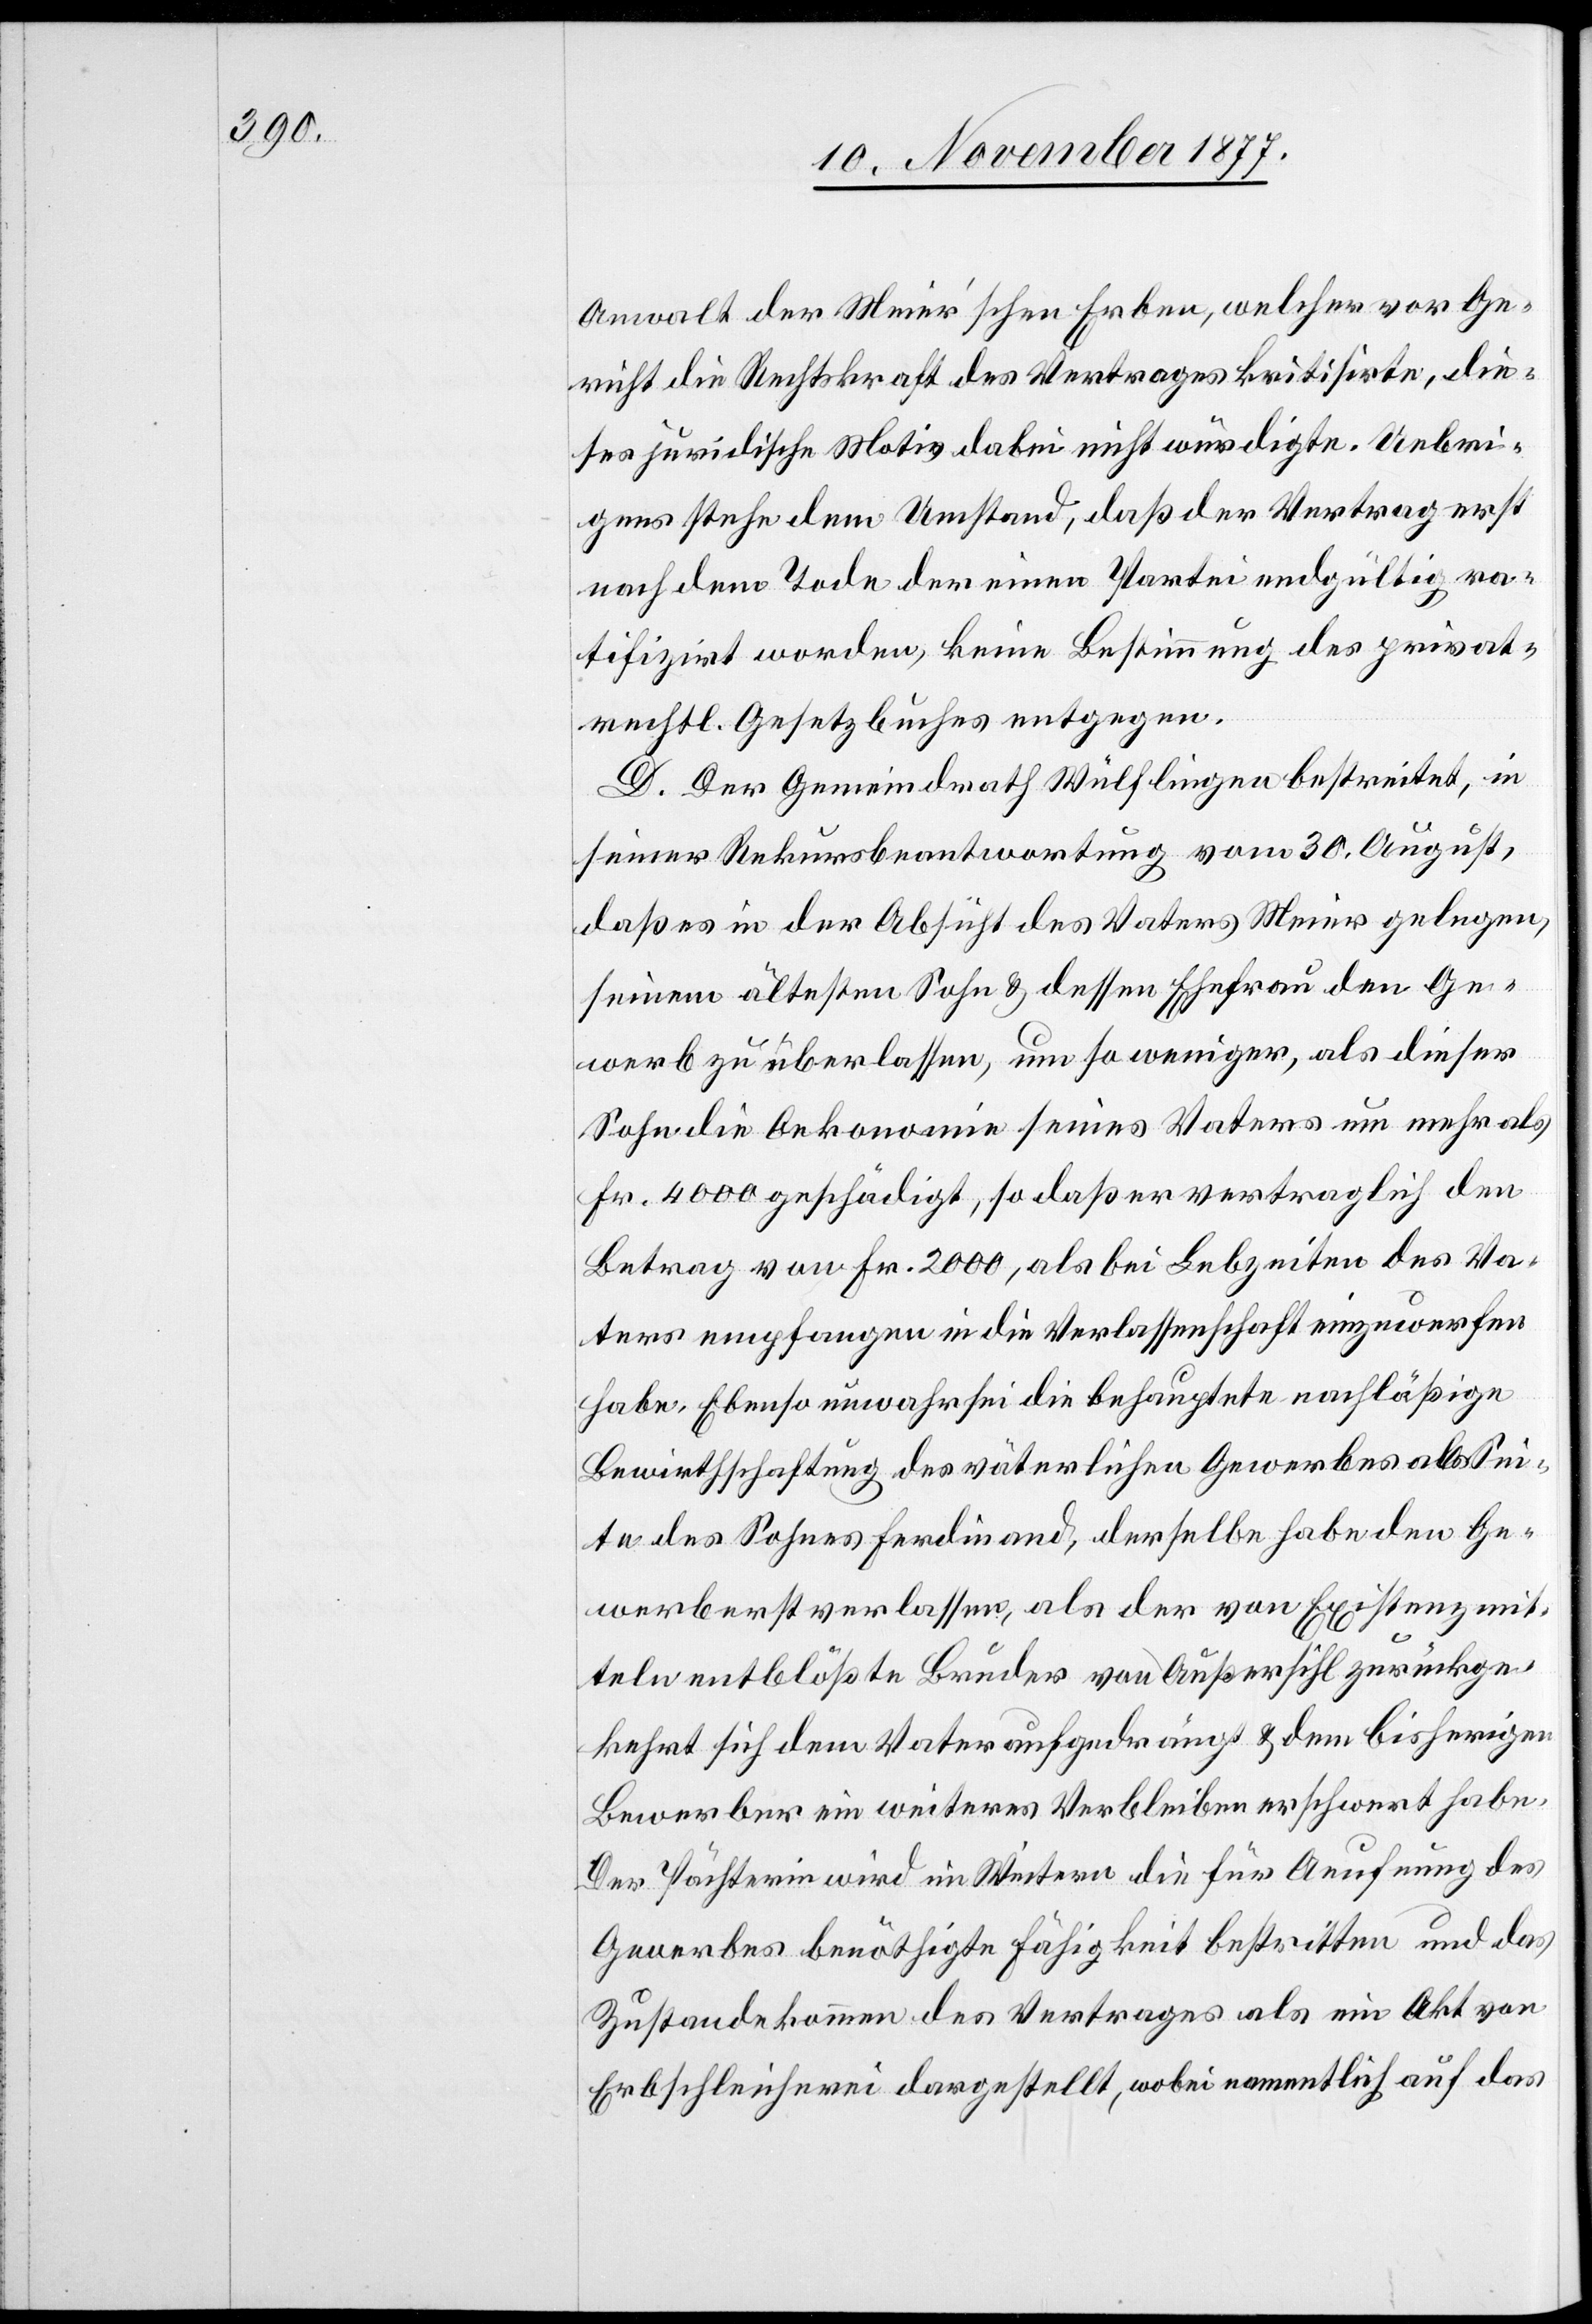
Anwalt der Meier’schen Erben, welcher vor Ge¬
richt die Rechtskraft des Vertrages kritisirte, die¬
ses juridische Motiv dabei nicht würdigte. Uebri¬
gens stehe dem Umstand, daß der Vertrag erst
nach dem Tode der einen Partei endgültig ra¬
tifizirt worden, keine Bestimmung des privat¬
rechtl. Gesetzbuches entgegen.
D. Der Gemeindrath Wülflingen bestreitet, in
seiner Rekursbeantwortung vom 30. August,
daß es in der Absicht des Vaters Meier gelegen,
seinem ältesten Sohn & dessen Ehefrau den Ge¬
werb zu überlassen, um so weniger, als dieser
Sohn die Oekonomie seines Vaters um mehr als
Fr. 4000 geschädigt, so daß er vertraglich den
Betrag von Fr. 2000, als bei Lebzeiten des Va¬
ters empfangen in die Verlassenschaft einzuwerfen
habe. Ebenso unwahr sei die behauptete nachläßige
Bewirthschaftung des väterlichen Gewerbes ab Sei¬
te des Sohnes Ferdinand, derselbe habe den Ge¬
werb erst verlassen, als der von Existenzmit¬
teln entblößte Bruder von Außersihl zurückge¬
kehrt sich dem Vater aufgedrängt & dem bisherigen
Bewerber ein weiteres Verbleiben erschwert habe.
Der Pächterin wird im Weitern die für Aeufnung des
Gewerbes benöthigte Fähigkeit bestritten und das
Zustandekommen des Vertrages als ein Akt von
Erbschleicherei dargestellt, wobei namentlich auf das